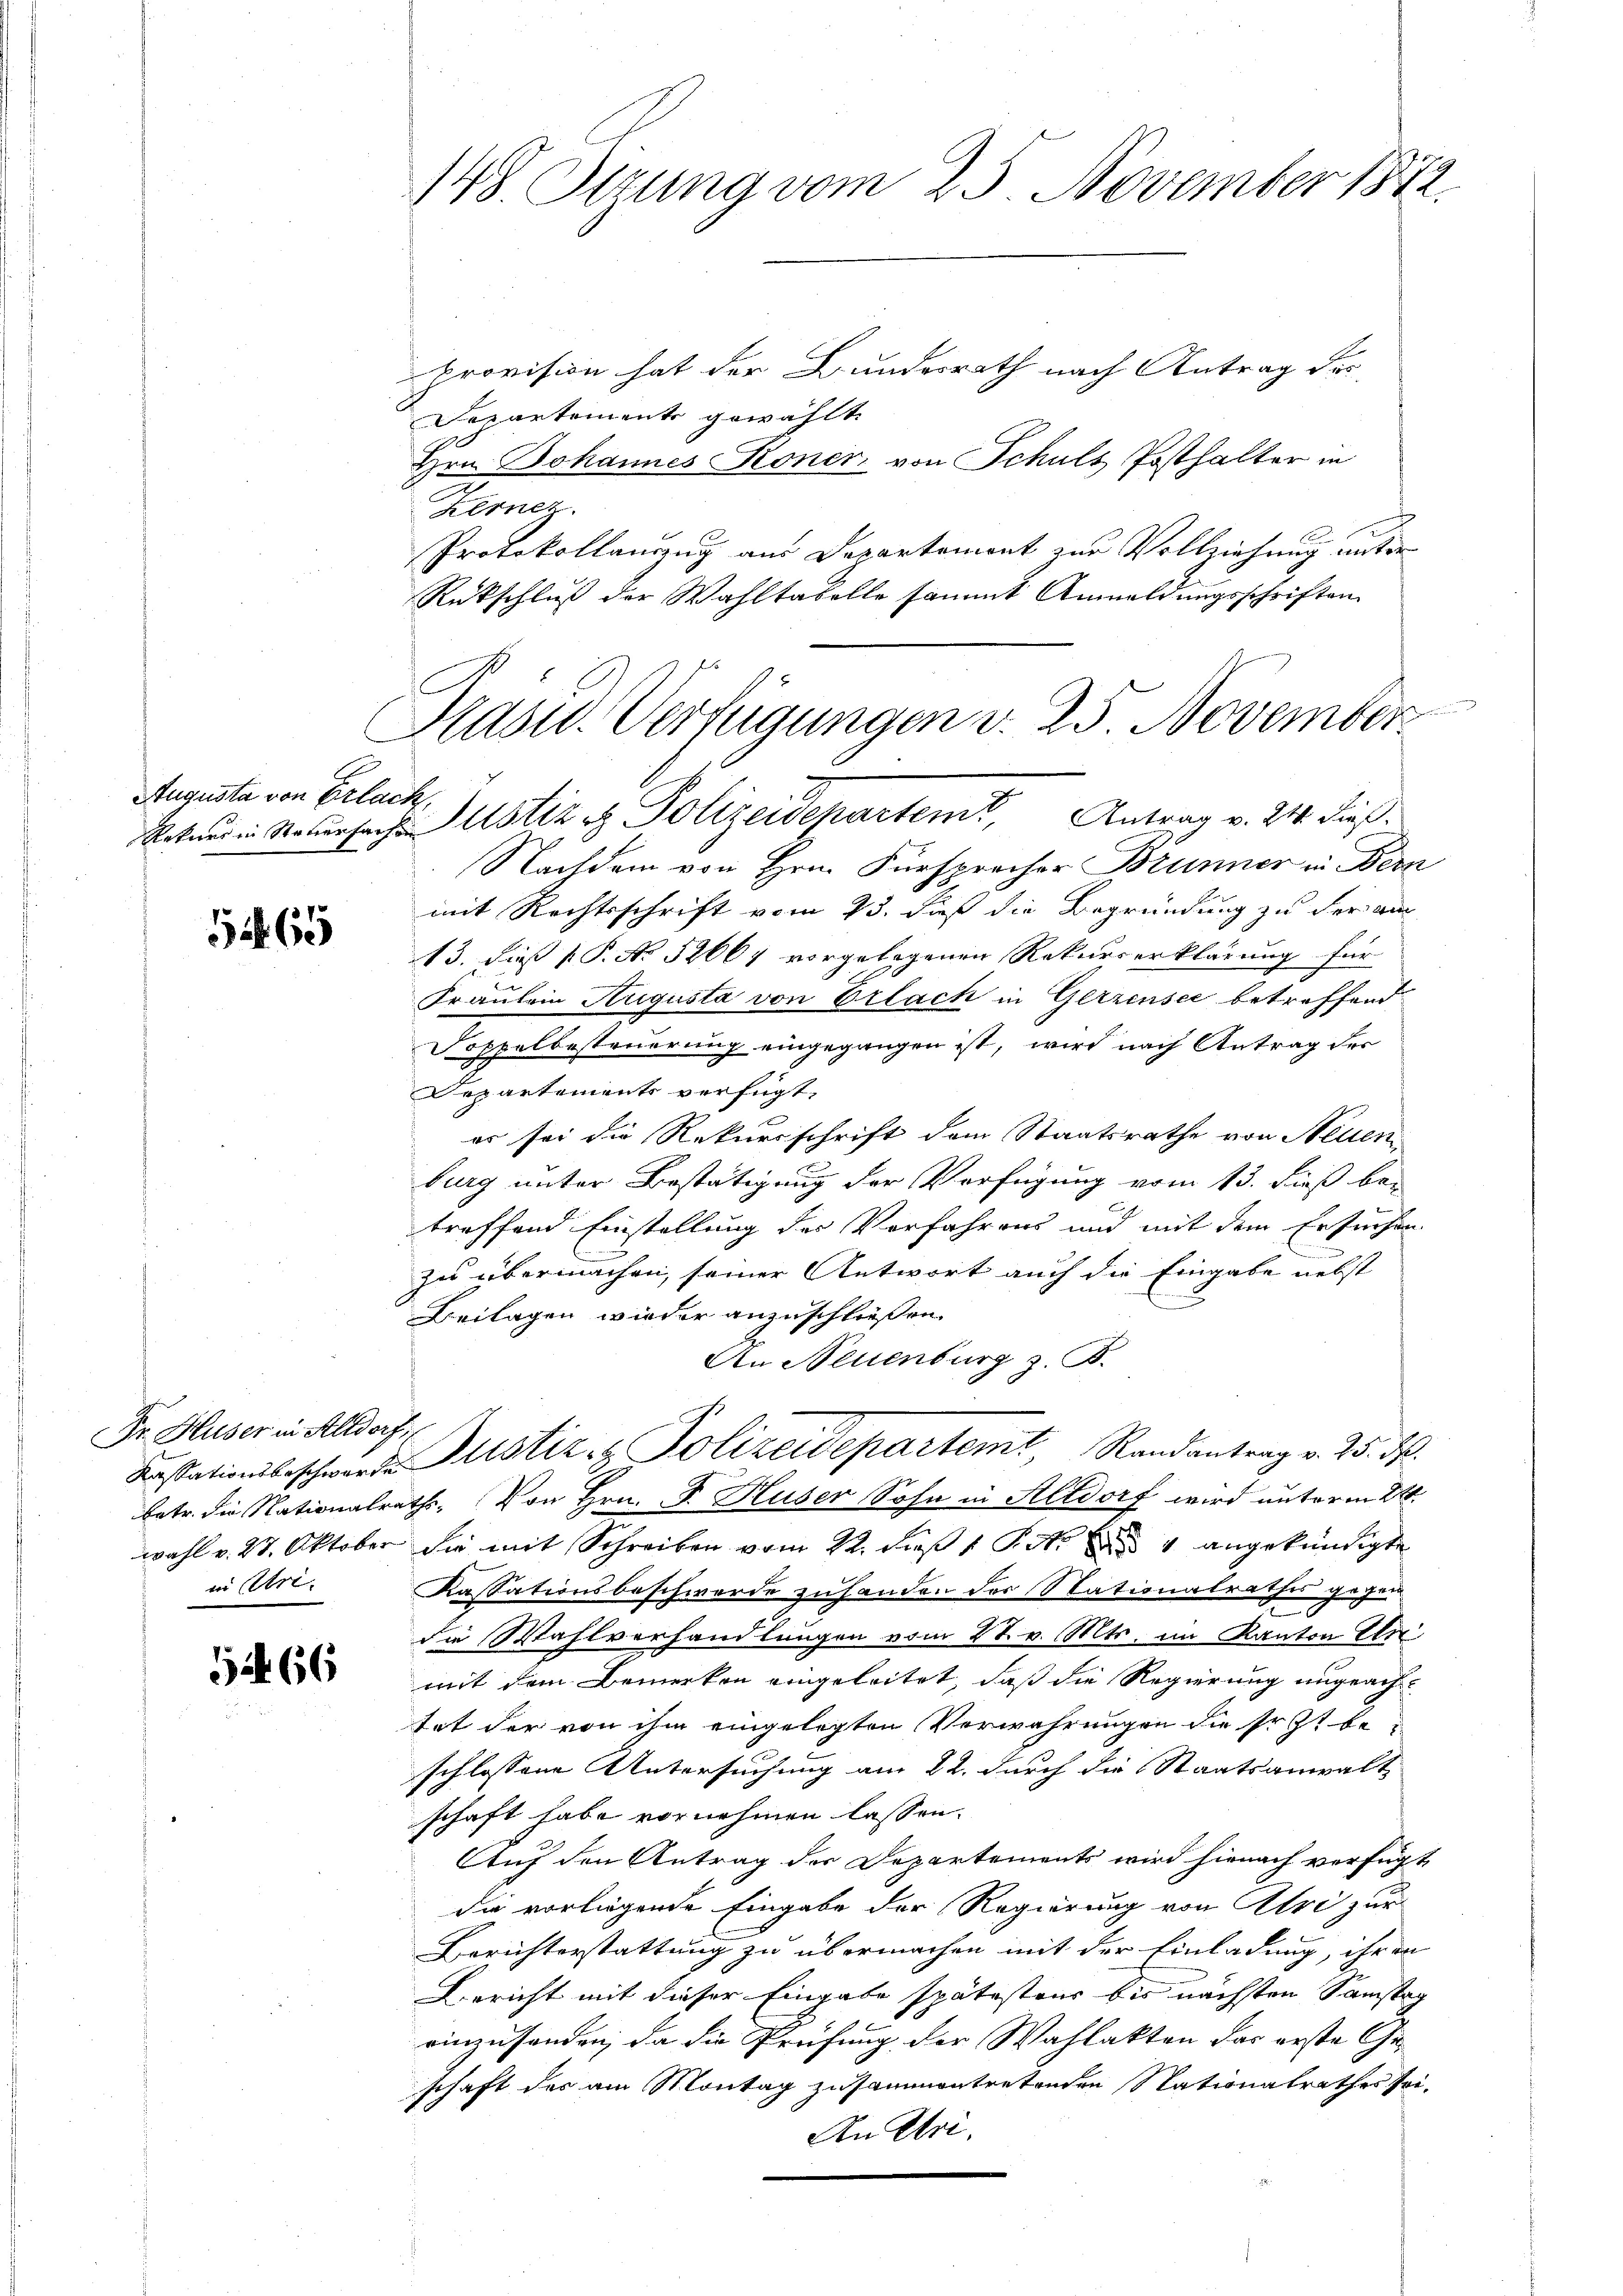
Augusta von Erlach,

52. 65

Dr. Huser in Altdorf,
in Uri

124. 66

148. Ottung vom 23. November 1872

Provision hat der Bundesrath nach Antrag des
Departement gewählt
Hrn. Johannes Koner von Schuls Posthalter in
Kernez.
Protokollanzug aus Departemont zur Vollziehung unter
Rückschluß der Wahltabelle sammt Anmeldungsschriften

Pasu. Verfügungen v. 25. November
Retend in Natursache Astiz & Polizeidepartem Antrag v. 21. dieß.

Nachdem von Hrn. Fürsprecher Brunner in Bern
mit Rechtsschrift vom 23. daß die Begründung zu der am
13. dieß P. No. 52664 vorgelegenen Rekurserklärung für
Fräulein Augusta von Erlach in Gerzensee betreffend
Soppelbesteuerung eingegangen ist, wird nach Antrag des
Departements verfügt:
es sei die Rekursschrift dem Staatsrathe von Neuen
burg unter Bestätigung der Verfügung vom 13. dieß be-
treffend Einstellung der Verfahrens und mit dem Ersuchen.
zu übermachen, seiner Antwort auch die Eingabe nebst
Beilagen wieder anzuschließen.
An Neuenburg z. B.
betr. die Nationalrath. Von Hrn. F. Huser Sohn in Altdorf wird unterm 24.
wahl v. 27. Oktober die mit Schreiben vom 22. Fuß 1 Pkt.  4 angekündigte
Kassationsbeschwerde zuhanden der Nationalrathes gegen
die Wahlverhandlungen vom 21. v. Mts. im Kanton Uri
mit dem Bemerken eingeleitet, daß die Regierung ungeachtat der von ihm eingelegten Verwahrungen die Erst beschlossene Untersuchung am 22. durch die Staatsanwalt,
schaft habe vornehmen lassen.
Auf den Antrag der Departements wird hienach verfügt
die vorliegende Eingabe der Regierung von Atri zur
Berichterstattung zu übermachen mit der Einladung, ihren
Bericht mit dieser Eingabe spätesteur bis nächsten Samstag
einzusenden, da die Prüfung der Wahlakten das erste Ge-
schaft der am Montag zusammentretenden Stationalrathes sei-
An Uri.

Cassationsbeschwerden Justiz & Polizeidepartemt, Randantrag v. 25. ds.